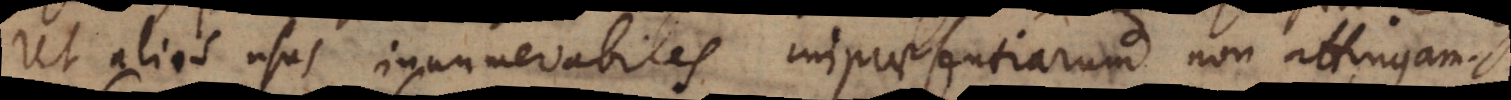
Ut alios usus innumerabiles impraesentiarum non attingam.